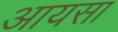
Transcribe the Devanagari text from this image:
आयसा